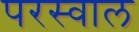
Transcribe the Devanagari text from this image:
परस्वाल